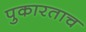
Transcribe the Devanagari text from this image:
पुकारताच